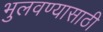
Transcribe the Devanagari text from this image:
भुलवण्यासाठी